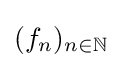
(f_{n})_{n\in \mathbb {N} }